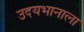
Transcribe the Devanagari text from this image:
उदयभानाला